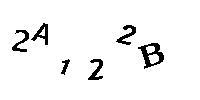
2A122B